Civil Veterinary Dept. Bombay admin report 1923-31 - 1923-1931
Year: 1923
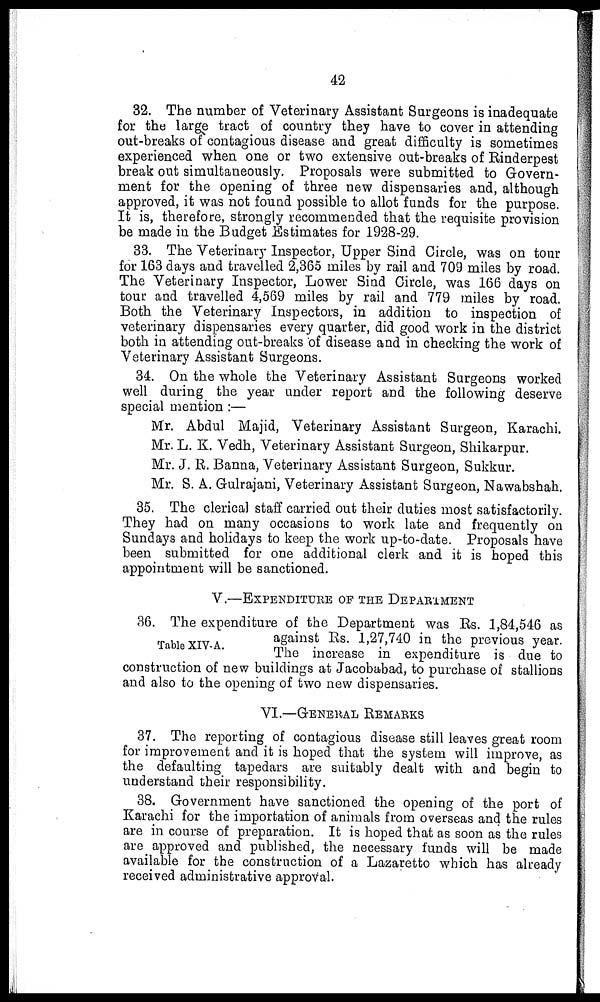
42
32. The number of Veterinary Assistant Surgeons is inadequate
for the large tract of country they have to cover in attending
out-breaks of contagious disease and great difficulty is sometimes
experienced when one or two extensive out-breaks of Rinderpest
break out simultaneously. Proposals were submitted to Govern-
ment for the opening of three new dispensaries and, although
approved, it was not found possible to allot funds for the purpose.
It is, therefore, strongly recommended that the requisite provision
be made in the Budget Estimates for 1928-29.
33. The Veterinary Inspector, Upper Sind Circle, was on tour
for 163 days and travelled 2,365 miles by rail and 709 miles by road.
The Veterinary Inspector, Lower Sind Circle, was 166 days on
tour and travelled 4,569 miles by rail and 779 miles by road.
Both the Veterinary Inspectors, in addition to inspection of
veterinary dispensaries every quarter, did good work in the district
both in attending out-breaks of disease and in checking the work of
Veterinary Assistant Surgeons.
34. On the whole the Veterinary Assistant Surgeons worked
well during the year under report and the following deserve
special mention :—
Mr. Abdul Majid, Veterinary Assistant Surgeon, Karachi.
Mr. L. K. Vedh, Veterinary Assistant Surgeon, Shikarpur.
Mr. J. R. Banna, Veterinary Assistant Surgeon, Sukkur.
Mr. S. A. Gulrajani, Veterinary Assistant Surgeon, Nawabshah.
35. The clerical staff carried out their duties most satisfactorily.
They had on many occasions to work late and frequently on
Sundays and holidays to keep the work up-to-date. Proposals have
been submitted for one additional clerk and it is hoped this
appointment will be sanctioned.
V.—EXPENDITURE OF THE DEPARTMENT
Table XIV-A.
36. The expenditure of the Department was Rs. 1,84,546 as
against Rs. 1,27,740 in the previous year.
The increase in expenditure is due to
construction of new buildings at Jacobabad, to purchase of stallions
and also to the opening of two new dispensaries.
VI.— GENERAL REMARKS
37. The reporting of contagious disease still leaves great room
for improvement and it is hoped that the system will improve, as
the defaulting tapedars are suitably dealt with and begin to
understand their responsibility.
38. Government have sanctioned the opening of the port of
Karachi for the importation of animals from overseas and the rules
are in course of preparation. It is hoped that as soon as the rules
are approved and published, the necessary funds will be made
available for the construction of a Lazaretto which has already
received administrative approval.